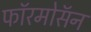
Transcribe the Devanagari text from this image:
फॉरमोसॅन